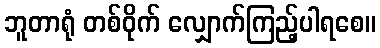
ဘူတာရုံ တစ်ဝိုက် လျှောက်ကြည့်ပါရစေ။